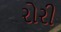
રોરી